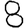
Digit: 8